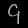
Digit: ၄